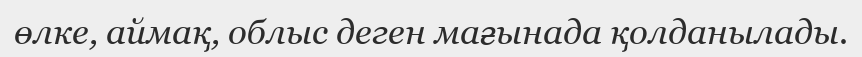
өлке, аймақ, облыс деген мағынада қолданылады.